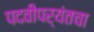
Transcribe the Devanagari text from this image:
पदवीपर्यंतचा